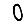
Digit: 0